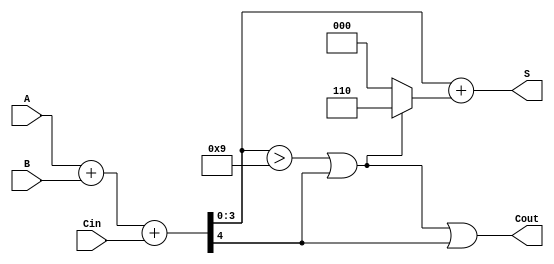
module bcd_adder (
    input  [3:0] A,     // 4-bit BCD input A
    input  [3:0] B,     // 4-bit BCD input B
    input        Cin,    // 1-bit carry input
    output [3:0] S,     // 4-bit BCD output
    output       Cout    // 1-bit carry output
);
    wire [4:0] Sum;      // 5-bit sum to accommodate carry
    wire correction;      // Correction flag

    // Step 1: Binary addition of A, B and Cin
    assign Sum = A + B + Cin;

    // Step 2: Determine if correction is needed
    assign correction = (Sum[3:0] > 4'b1001) || Sum[4];

    // Step 3: Apply correction if required
    assign S = Sum[3:0] + (correction ? 4'b0110 : 4'b0000);
    assign Cout = correction || Sum[4]; // Carry out is set if correction applied or if there was an overflow

endmodule